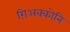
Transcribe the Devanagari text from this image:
ग़िअक्कोनि